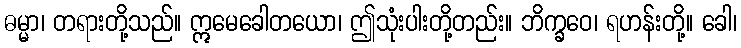
ဓမ္မာ၊ တရားတို့သည်။ ဣမေခေါတယော၊ ဤသုံးပါးတို့တည်း။ ဘိက္ခဝေ၊ ရဟန်းတို့။ ခေါ၊